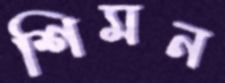
শিমন